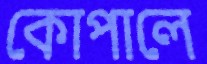
কোপালে